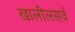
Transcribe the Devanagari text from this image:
खालीलसर्व